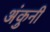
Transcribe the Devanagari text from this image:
अंकुनी